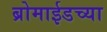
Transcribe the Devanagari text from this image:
ब्रोमाईडच्या